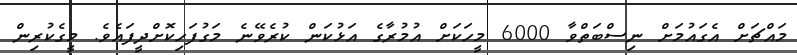
މައްޗަށް އެގައުމަށް ނިސްބަތްވާ 6000 މީހަކަށް އުމުރާގެ އަޅުކަން ކުރެވޭނެ މަގުފަހިކޮށްދީފައެވެ. މީގެކުރިން